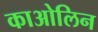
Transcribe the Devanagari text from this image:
काओलिन